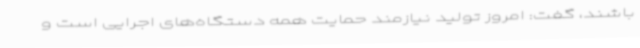
باشند، گفت: امروز تولید نیازمند حمایت همه دستگاه‌های اجرایی است و